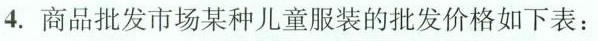
4.商品批发市场某种儿童服装的批发价格如下表：